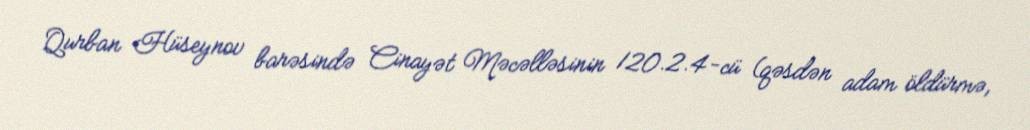
Qurban Hüseynov barəsində Cinayət Məcəlləsinin 120.2.4-cü (qəsdən adam öldürmə,